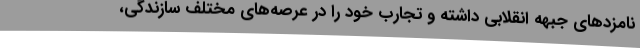
نامزدهای جبهه انقلابی داشته و تجارب خود را در عرصه‌های مختلف سازندگی،